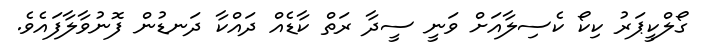
ގޯލްކީޕަރު ކިކޯ ކެސިލާއަށް ވަނީ ސީދާ ރަތް ކާޑެއް ދައްކާ ދަނޑުން ފޮނުވާލާފައެވެ.